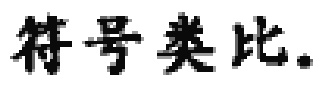
符号类比。